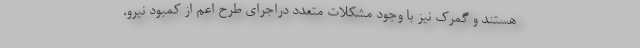
هستند و گمرک نیز با وجود مشکلات متعدد دراجرای طرح اعم از کمبود نیرو،